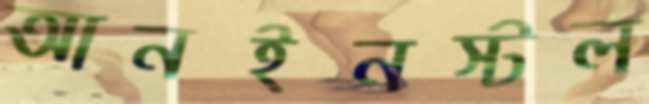
আনইনস্টল